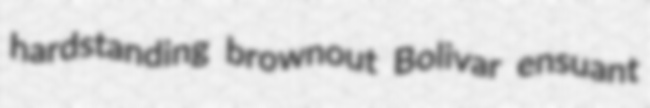
hardstanding brownout Bolivar ensuant